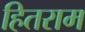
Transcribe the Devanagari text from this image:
हितराम